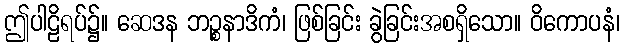
ဤပါဠိရပ်၌။ ဆေဒန ဘဉ္စနာဒိကံ၊ ဖြစ်ခြင်း ခွဲခြင်းအစရှိသော။ ဝိကောပနံ၊